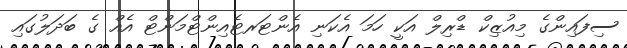
ސިފައިންގެ މިއުޒިކް ޑްރިލް އަކީ ހަމަ އެކަނި އެންޓަރޓެއިންޓްމަންޓް އެއް ގެ ބަދަލުގައި